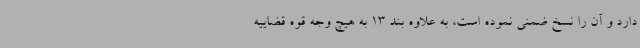
دارد و آن را نسخ ضمنی نموده است، به علاوه بند 13 به هیچ وجه قوه قضاییه